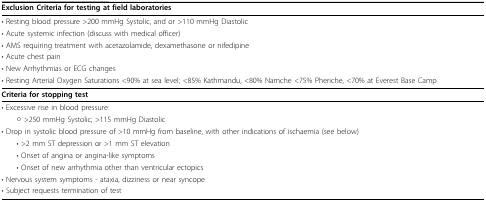
| Exclusion Criteria for testing at field laboratories |
 | --- |
 | • Resting blood pressure >200 mmHg Systolic, and or >110 mmHg Diastolic |
 | • Acute systemic infection (discuss with medical officer) |
 | • AMS requiring treatment with acetazolamide, dexamethasone or nifedipine |
 | • Acute chest pain |
 | • New Arrhythmias or ECG changes |
 | • Resting Arterial Oxygen Saturations <90% at sea level; <85% Kathmandu, <80% Namche <75% Pheriche, <70% at Everest Base Camp |
 | Criteria for stopping test |
 | • Excessive rise in blood pressure: |
 | ○ >250 mmHg Systolic; >115 mmHg Diastolic |
 | • Drop in systolic blood pressure of >10 mmHg from baseline, with other indications of ischaemia (see below) |
 | • >2 mm ST depression or >1 mm ST elevation |
 | • Onset of angina or angina-like symptoms |
 | • Onset of new arrhythmia other than ventricular ectopics |
 | • Nervous system symptoms - ataxia, dizziness or near syncope |
 | • Subject requests termination of test |